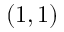
( 1 , 1 )